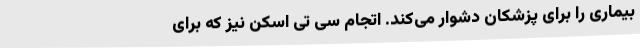
بیماری را برای پزشکان دشوار می‌کند. اتجام سی تی اسکن نیز که برای